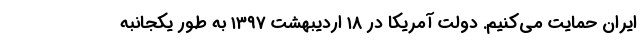
ایران حمایت می‌کنیم. دولت آمریکا در ۱۸ اردیبهشت ۱۳۹۷ به طور یکجانبه